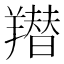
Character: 𦏋